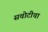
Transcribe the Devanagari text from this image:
सचोटीचा